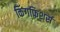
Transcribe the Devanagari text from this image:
किंगफिशर्स